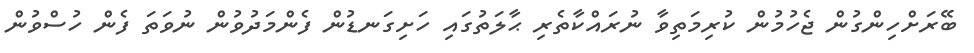
ބޭރަށްހިންގުން ޖެހުމުން ކުރިމަތިވާ ނުރައްކާތެރި ޙާލަތުގައި ހަށިގަނޑުން ފެންމަދުވުން ނުވަތަ ފެން ހުސްވުން